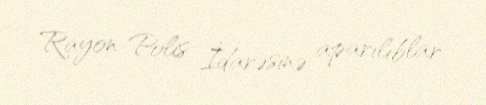
Rayon Polis İdarəsinə aparılıblar.